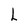
Character: L